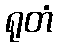
ရုတံ